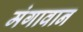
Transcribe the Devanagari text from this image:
मंगावान